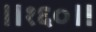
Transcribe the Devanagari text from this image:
॥१६०॥